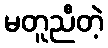
မတူညီတဲ့